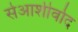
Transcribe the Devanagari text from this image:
सेआशीर्वाद